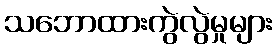
သဘောထားကွဲလွဲမှုများ